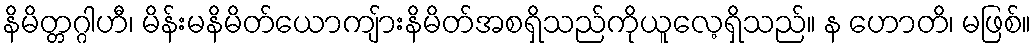
နိမိတ္တဂ္ဂါဟီ၊ မိန်းမနိမိတ်ယောကျ်ားနိမိတ်အစရှိသည်ကိုယူလေ့ရှိသည်။ န ဟောတိ၊ မဖြစ်။